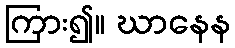
ကြား၍။ ဃာနေန